Civil Veterinary Department. Central Provinces & Berar 1925-31 - 1925-1931
Year: 1925
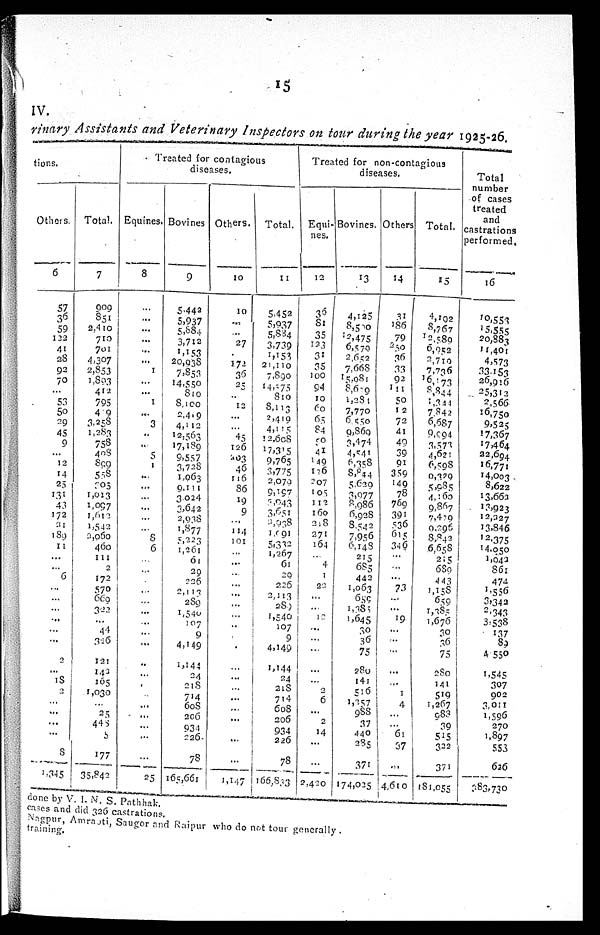
15
IV.
rinary Assistants and Veterinary Inspectors on tour during the year 1925-26.
tions.
Others.
6
57
36
59
122
41
28
92
70
...
53
50
29
45
9
...
12
14
25
131
43
172
31
189
11
...
...
6
...
...
...
...
...
...
2
...
18
2
...
...
...
...
8
1,345
Total.
7
909
851
2,410
710
701
4,307
2,853
1,893
412
795
419
3,258
1,283
758
408 809
558
305
1,013
1,097
1,612
1,542 2,060
460
111
2
172
570
669
322
...
44
326
121
142
105
1,030
...
25
448
5
177
35,842
Treated for contagious
diseases.
Equines.
8
...
...
...
...
...
...
1
...
...
1
...
3
..
..
5
1
...
...
...
...
...
...
8
6
...
...
...
...
... ...
...
...
..
...
...
...
...
...
...
25
Bovines.
9
5,442
5,937
5,884
3,712
1,153
20,038
7,853
14,550
810
8,100
2,419
4,112
12,563
17,189
9,557
3,728
1,963
9,111
3,024
3,642
2,938
1,877
5,223
1,261
61
29
226
2,113
289
1,540
107
9
4,149
1,144
24
218
714
608
206
934
226
78
165,661
Others.
10
10
...
...
27
172
36
25
...
12
...
...
45
126
203
46
116
86
19
9
...
114
101
...
...
...
...
...
...
...
..
...
... ...
...
...
...
...
1,147
Total.
11
5,452
5,937
5,884
3,739
1,153
21,110
7,890
14,175
810
8,113
2,419
4,115
12,608
17,315
9,765
3,775
2,070
9,197
3,943
3,651
2,038
1,091
5,332
1,267
61
29
226
2,113
289
1,540
107
9
4,149
1,144
24
218
714
608
206
934
226
78
166,833
Treated for non-contagious
diseases.
Equi-
nes.
12
36
81
35
123
31
35
100
94
10
60
65
84
50
41
149
126
207
105
112
160
218
271
164
...
4
1 22
...
... 12
...
...
...
...
...
2
6
...
2
14
...
...
2,420
Bovines.
13
4,125
8,500
12,475
6,570
2,652
7,668
15,081
8,689
1,281
7,770
6,550
0,869
3,474
4,541
6,358
8,844
5,620
3,077
3,986
6,928
8,542
7,956
6,148
215
685
442
1,063
689
1,383
1,645
30
36
75
280
141
516
1,257
988
37
440
285
371
174,025
Others.
14
31
186
79
250
36
33
92
111
50
12
72
41
49
39
91
359
149
78
769
391
536
615
346
...
...
...
73
...
...
19
...
...
...
...
... 1
4
...
...
61
37
...
4,610
Total.
15
4,102
8,767
12,580
6,052
2,719
7,736
16,173
8,844
1,344
7,843
6,687
9,094
3,573
4,621
6,598
9,329
5,985
4,165
9,867
7,409
9,296
8,842
6,658
215
689
443
1,158
659
1,385
1,676
30
36
75
280
141
519
1,267
983
39
515
322
371
181,055
Total
number
of cases
treated
and
castrations
performed.
16
10,553
15,555
20,883
11,401
4,573
33,153
26,916
25,312
2,566
16,750
9,525
17,367
17,464
22,694
16,771
14,003
8,622
13,662
13,923
12,227
13,846
12,375
14,050
1,042
861
474
1,556
3,342
2,343
3,538
137
89
4,550
1,545
307
902
3,011
1,596
270
1,897
553
626
383,730
done by V. I. N. S. Pathhak.
cases and did 326 castrations.
Nagpur, Amraoti, Saugor and Raipur who do not tour generally.
training.